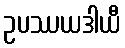
ဥပဿယဒါယီ